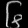
Digit: ၆